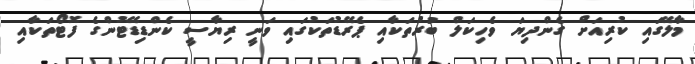
މާލޭގައި ކުރިއަށް ގެންދިޔަ ވެހިކަލް ބުރުތަކާއި ޕެރޭޑުތަކުގައި ވަނީ ރިޔާސީ ކެންޑިޑޭޓުންގެ ފޮޓޯތަކާއި